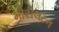
મોરીલટન